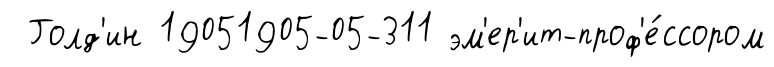
Голд'ин 19051905-05-311 эм'ер'ит-проф'е́ссором